Madras plague regulations in force outside the Presidency town - Volume 2
Disease focus: Plague
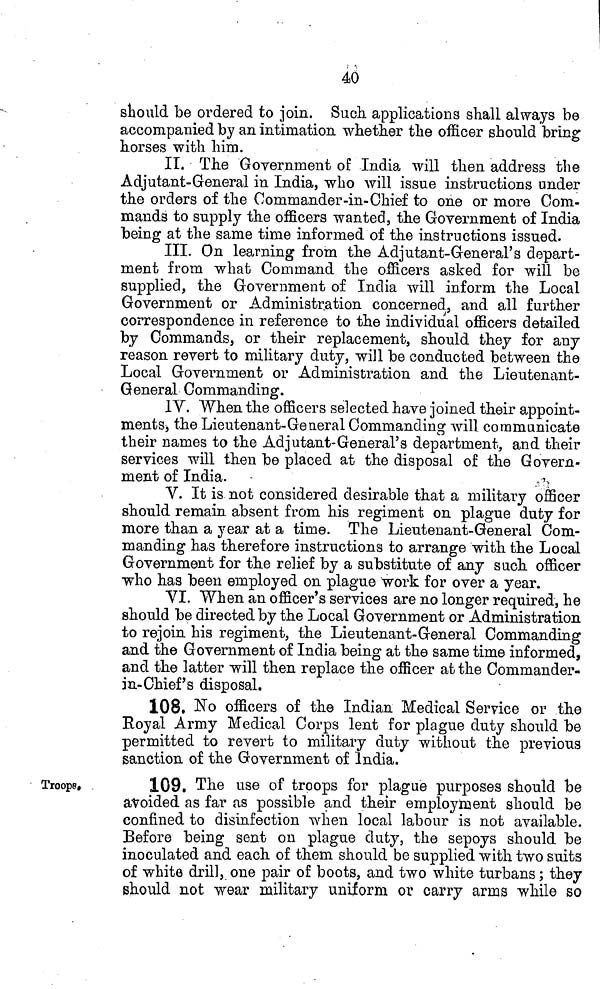
40
should be ordered to join. Such applications shall always be
accompanied by an intimation whether the officer should bring
horses with him.
II. The Government of India will then address the
Adjutant-General in India, who will issue instructions under
the orders of the Commander-in-Chief to one or more Com-
mands to supply the officers wanted, the Government of India
being at the same time informed of the instructions issued.
III. On learning from the Adjutant-General's depart-
ment from what Command the officers asked for will be
supplied, the Government of India will inform the Local
Government or Administration concerned, and all further
correspondence in reference to the individual officers detailed
by Commands, or their replacement, should they for any
reason revert to military duty, will be conducted between the
Local Government or Administration and the Lieutenant-
General Commanding.
IV. When the officers selected have joined their appoint-
ments, the Lieutenant-General Commanding will communicate
their names to the Adjutant-General's department, and their
services will then be placed at the disposal of the Govern-
ment of India.
V. It is not considered desirable that a military officer
should remain absent from his regiment on plague duty for
more than a year at a time. The Lieutenant-General Com-
manding has therefore instructions to arrange with the Local
Government for the relief by a substitute of any such officer
who has been employed on plague work for over a year.
VI. When an officer's services are no longer required, he
should be directed by the Local Government or Administration
to rejoin his regiment, the Lieutenant-General Commanding
and the Government of India being at the same time informed,
and the latter will then replace the officer at the Commander-
in-Chief's disposal.
108. No officers of the Indian Medical Service or the
Royal Army Medical Corps lent for plague duty should be
permitted to revert to military duty without the previous
sanction of the Government of India.
Troops.
109. The use of troops for plague purposes should be
avoided as far as possible and their employment should be
confined to disinfection when local labour is not available.
Before being sent on plague duty, the sepoys should be
inoculated and each of them should be supplied with two suits
of white drill, one pair of boots, and two white turbans ; they
should not wear military uniform or carry arms while so